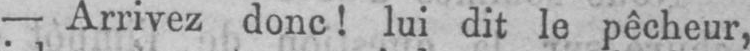
- Arrivez donc! lui dit le pêcheur,